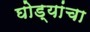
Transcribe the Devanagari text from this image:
घोड्यांचा